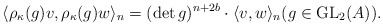
\begin{align*} \langle \rho_\kappa(g)v, \rho_\kappa(g)w \rangle_n = (\det g)^{n+2b} \cdot \langle v,w \rangle_n (g\in {\rm GL}_2(A)).\end{align*}